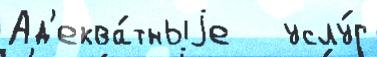
Ад'еква́тныjе   услу́г